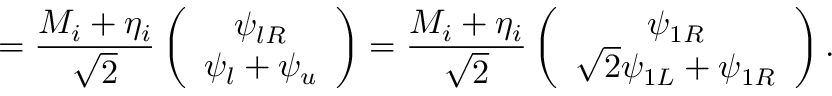
= \frac { M _ { i } + \eta _ { i } } { \sqrt { 2 } } \left( \begin{array} { c } { { \psi _ { l R } } } \\ { { \psi _ { l } + \psi _ { u } } } \end{array} \right) = \frac { M _ { i } + \eta _ { i } } { \sqrt { 2 } } \left( \begin{array} { c } { { \psi _ { 1 R } } } \\ { { \sqrt { 2 } \psi _ { 1 L } + \psi _ { 1 R } } } \end{array} \right) .